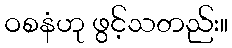
ဝစနံဟု ဖွင့်သတည်း။